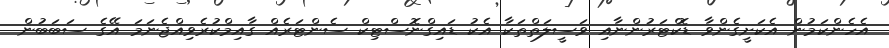
އެހެންކަމުން އެކަށީގެންވާ ޑޮކްޓަރުންނާއި ވަސީލަތްތަކާ އެކު ޑައިގްނޮސްޓިކް ސެންޓަރެއް ގާއިމްކުރެވިއްޖެނަމަ އޭގެ ސަބަބުން